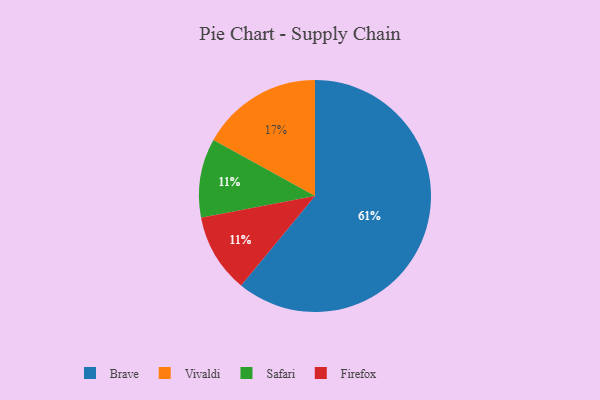
{"axis": {"x": "Category", "y": "Percentage"}, "legend": ["Brave", "Firefox", "Safari", "Vivaldi"], "data": [{"x": "Safari", "y": 11, "type": "Safari"}, {"x": "Vivaldi", "y": 17, "type": "Vivaldi"}, {"x": "Firefox", "y": 11, "type": "Firefox"}, {"x": "Brave", "y": 61, "type": "Brave"}]}